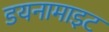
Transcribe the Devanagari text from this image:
डयनामाइट